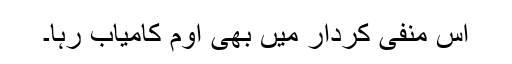
اس منفی کردار میں بھی اوم کامیاب رہا۔